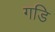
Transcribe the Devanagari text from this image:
गडि